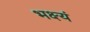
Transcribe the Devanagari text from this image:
भक्ष्यं